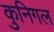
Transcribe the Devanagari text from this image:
कुनिगल